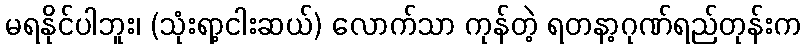
မရနိုင်ပါဘူး၊ (သုံးရာ့ငါးဆယ်) လောက်သာ ကုန်တဲ့ ရတနာ့ဂုဏ်ရည်တုန်းက